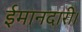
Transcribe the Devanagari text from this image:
ईमानदारी।